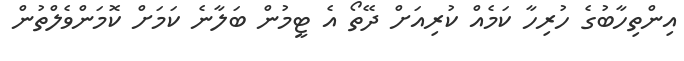
އިންތިހާބުގެ ހުރިހާ ކަމެއް ކުރިއަށް ދޭތޯ އެ ޓީމުން ބަލާނެ ކަމަށް ކޮމަންވެލްތުން